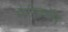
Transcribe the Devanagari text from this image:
मैरीकॉम